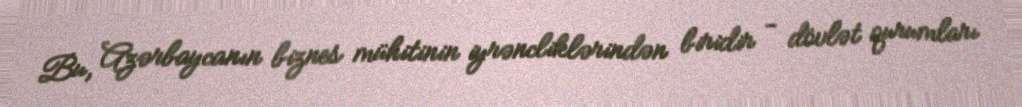
Bu, Azərbaycanın biznes mühitinin iyrəncliklərindən biridir - dövlət qurumları